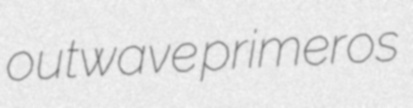
outwave primeros